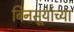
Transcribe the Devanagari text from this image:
बिनसूर्याच्या